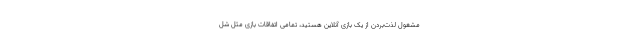
مشغول لذت‌بردن از یک بازی آنلاین هستید، تمامی اتفاقات بازی مثل شل